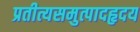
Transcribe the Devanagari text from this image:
प्रतीत्यसमुत्पादहृदय